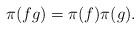
LaTeX: \begin{align*}\pi(fg)=\pi(f)\pi(g).\end{align*}